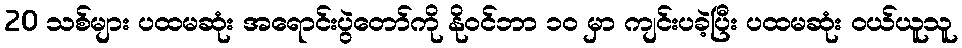
20 သစ်များ ပထမဆုံး အရောင်းပွဲတော်ကို နိုဝင်ဘာ ၁၀ မှာ ကျင်းပခဲ့ပြီး ပထမဆုံး ဝယ်ယူသူ